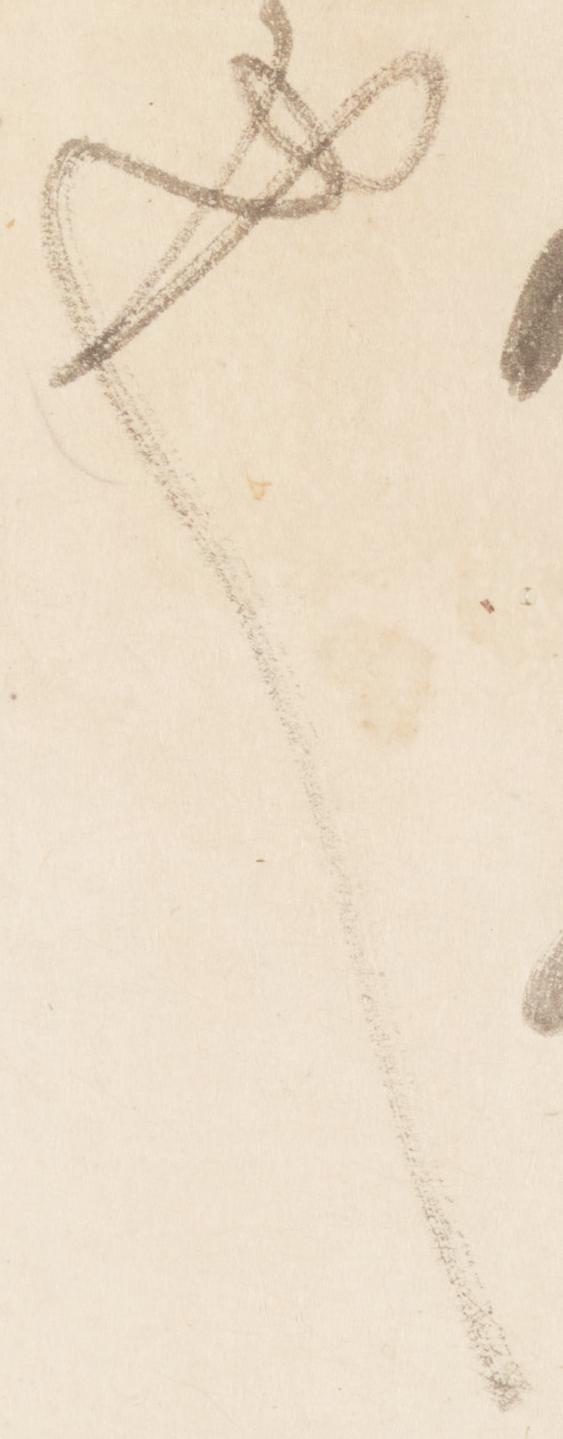
也